Report on sanitation, dispensaries, and jails in Rajputana for 1912, and on vaccination for the year 1912-1913 - 1912-1913
Year: 1912
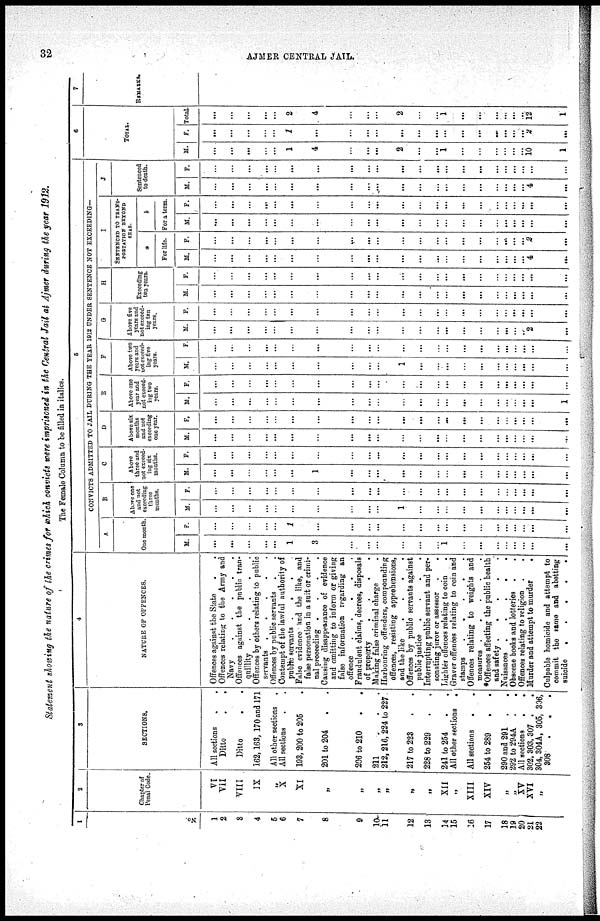
32
AJMER CENTRAL JAIL.
Statement showing the nature of the crimes for which convicts were imprisoned in the Central Jail at Ajmer during the year 1912.
The Female Column to be filled in italics.
1
No.
1
2
3
4
5
6
7
8
9
10
11
12
13
14
15
16
17
18
19
20
21
22
2
Chapter of
Penal Code.
VI
VII
VIII
IX
„
X
XI
„
„
„
„
„
„
XII
„
XIII
XIV
„
„
XV
XVI
„
3
SECTIONS.
All sections . .
Ditto . .
Ditto . .
162,163, 170 and 171
All other sections .
All sections . .
193, 200 to 205 .
201 to 204 . .
206 to 210 . .
211 . .
212, 216, 224 to 227
217 to 223 . .
228 to 229 . .
241 to 254 . .
All other sections .
All sections
. .
254 to 289 . .
290 and 291 . .
292 to 294A . .
All sections
.
.
302,303,307 . .
304,304A, 305, 306,
308
.
. .
4
NATURE OF OFFENCES.
Offences against the State . .
Offences relating to the Army and
Navy
.
.
.
.
.
Offences against the public tran-
quillity . .
.
.
.
Offences by others relating to public
servants .
.
.
.
.
Offences by public servants . .
Contempt of the lawful authority of
public servants .
.
.
False evidence and the like, and
false personation in a suit or crimi-
nal proceeding .
.
.
.
Causing disappearance of evidence
and omitting to inform or giving
false information regarding an
offence
.
.
.
.
.
Fraudulent claims, decrees, disposals
of property
.
.
.
.
Making false criminal charge
Harbouring offenders, compounding
offences, resisting apprehensions,
and the like
.
.
.
.
Offences by public servants against
public justice
.
.
.
.
Interrupting public servant and per-
sonating juror or assessor .
.
Lighter offences relating to coin .
Graver offences relating to coin and
stamps
. . . . .
Offences relating to weights and
measures .
.
.
.
.
*Offences affecting the public health
and safety .
.
.
.
.
Nuisances .
.
.
.
.
Obscene books and lotteries . .
Offences relating to religion . .
Murder and attempt to murder
.
Culpable homicide and attempt to
commit the same and abetting
suicide
.
.
.
.
.
5
CONVICTS ADMITTED TO JAIL DURING THE YEAR 1912 UNDER SENTENCE NOT EXCEEDING-
A
One month.
M.
...
...
...
...
...
1
3
...
...
...
...
...
...
1
...
...
...
...
...
...
...
...
F.
...
...
...
...
...
1
...
...
...
...
...
...
...
...
...
...
...
...
...
...
...
...
B
Above one
and not
exceeding
three
months.
M.
...
...
...
...
...
...
...
...
...
...
1
...
...
...
...
...
...
...
...
...
...
...
F.
...
...
...
...
...
...
...
...
...
...
...
...
...
...
...
...
...
...
...
...
...
...
C
Above
three and
not exceed-
ing six
months.
M.
...
...
...
...
...
...
1
...
...
...
...
...
...
...
...
...
...
...
...
...
...
...
F.
...
...
...
...
...
...
...
...
...
...
...
...
...
...
...
...
...
...
...
...
...
...
D
Above six
months
and not
exceeding
one year.
M.
...
...
...
...
...
...
...
...
...
...
...
...
...
...
...
...
...
...
...
...
...
...
F.
...
...
...
...
...
...
...
...
...
...
...
...
...
...
...
...
...
...
...
...
...
...
E
Above one
year and
not exceed-
ing two
years.
M.
...
...
...
...
...
...
...
...
...
...
...
...
...
...
...
...
...
...
...
...
...
1
F.
...
...
...
...
...
...
...
...
...
...
...
...
...
...
...
...
...
...
...
...
...
...
F
Above two
years and
not exceed-
ing five
years.
M.
...
...
...
...
...
...
...
...
...
...
1
...
...
...
...
...
...
...
...
...
...
...
F.
...
...
...
...
...
...
...
...
...
...
...
...
...
...
...
...
...
...
...
...
...
...
G
Above five
years and
not exceed-
ing ten
years.
M.
...
...
...
...
...
...
...
...
...
...
...
...
...
...
...
...
...
...
...
...
2
...
F.
...
...
...
...
...
...
...
...
...
...
...
...
...
...
...
...
...
...
...
...
...
...
H
Exceeding
ten years.
M.
...
...
...
...
...
...
...
...
...
...
...
...
...
...
...
...
...
...
...
...
...
...
F.
...
...
...
...
...
...
...
...
...
...
...
...
...
...
...
...
...
...
...
...
...
...
I
SENTENCED TO TRANS¬
PORTATION BEYOND
SEAS.
a
For life.
M.
...
...
...
...
...
...
...
...
...
...
...
...
...
...
...
...
...
...
...
...
4
...
F.
...
...
...
...
...
...
...
...
...
...
...
...
...
...
...
...
...
...
...
...
2
...
b
For a term.
M.
...
...
...
...
...
...
...
...
...
...
...
...
...
...
...
...
...
...
...
...
...
...
F.
...
...
...
...
...
...
...
...
...
...
...
...
...
...
...
...
...
...
...
...
...
...
J
Sentenced
to death.
M.
...
...
...
...
...
...
...
...
...
...
...
...
...
...
...
...
...
...
...
...
4
...
F.
...
...
...
...
...
...
...
...
...
...
...
...
...
...
...
...
...
...
...
...
...
...
6
TOTAL.
M.
...
...
...
...
...
1
4
...
...
...
2
...
...
1
...
...
...
...
...
...
10
1
F.
...
...
...
...
...
1
...
...
...
...
...
...
...
...
...
...
...
...
...
...
2
...
Total.
...
...
...
...
...
2
4
...
...
...
2
...
...
1
...
...
...
...
...
...
12
1
7
REMARKS.